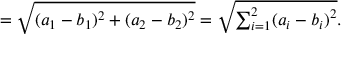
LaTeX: = { \sqrt { ( a _ { 1 } - b _ { 1 } ) ^ { 2 } + ( a _ { 2 } - b _ { 2 } ) ^ { 2 } } } = { \sqrt { \textstyle \sum _ { i = 1 } ^ { 2 } ( a _ { i } - b _ { i } ) ^ { 2 } } } .